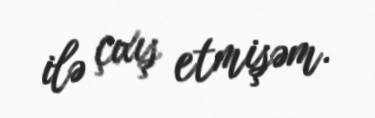
ilə çıxış etmişəm.